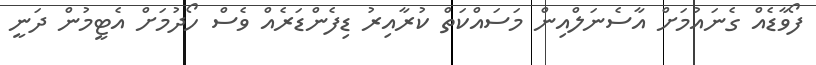
ފޯވާޑެއް ގެނައުމަށް އާސެނަލްއިން މަސައްކަތް ކުރާއިރު ޑިފެންޑަރެއް ވެސް ހޯދުމަށް އެޓީމުން ދަނީ